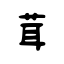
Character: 茸